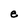
Character: e